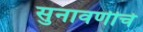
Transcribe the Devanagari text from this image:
सुनावणीचे